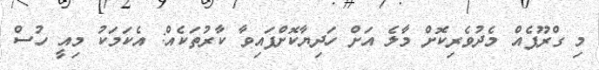
މި ގްރޫޕެއް މެދުވެރިކޮށް މާލެ އަށް ހަދިޔާކޮށްފައިވާ ކާރުތަކެއް: އެކަމަކު މިއީ ހުސް